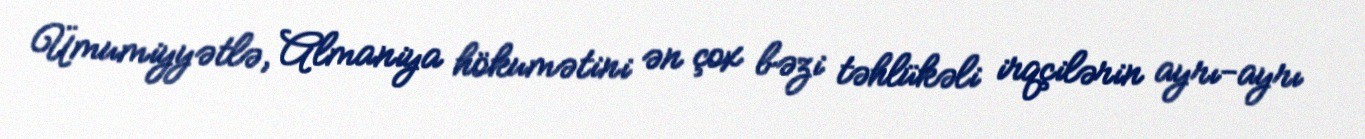
Ümumiyyətlə, Almaniya hökumətini ən çox bəzi təhlükəli irqçilərin ayrı-ayrı